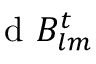
\mathrm { ~ d ~ } B _ { l m } ^ { t }